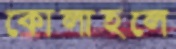
কোলাহলে